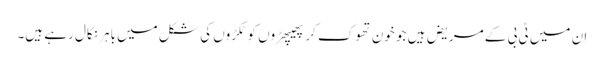
ان میں ٹی بی کے مریض ہیں جو خون تھوک کر پھیپھڑوں کو ٹکڑوں کی شکل میں باہر نکال رہے ہیں۔